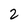
Character: 2